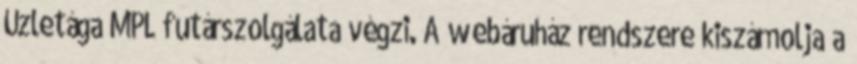
Üzletága MPL futárszolgálata végzi. A webáruház rendszere kiszámolja a